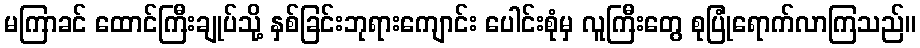
မကြာခင် ထောင်ကြီးချုပ်သို့ နှစ်ခြင်းဘုရားကျောင်း ပေါင်းစုံမှ လူကြီးတွေ စုပြုံရောက်လာကြသည်။